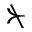
\nsucc